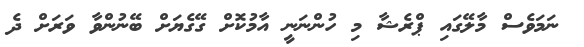
ނަމަވެސް މާލޭގައި ޕްރެޝާ މި ހުންނަނީ އާމުކޮށް ގޭގެޔަށް ބޭނުންވާ ވަރަށް ދެ